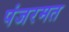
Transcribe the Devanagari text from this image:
पंजरमत